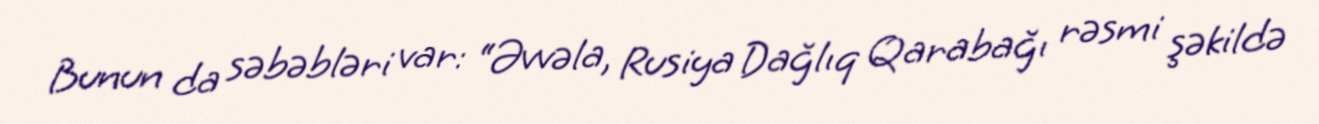
Bunun da səbəbləri var: “Əvvəla, Rusiya Dağlıq Qarabağı rəsmi şəkildə